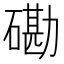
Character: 磡